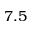
7 . 5